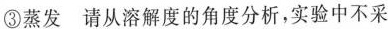
③蒸发 请从溶解度的角度分析，实验中不采